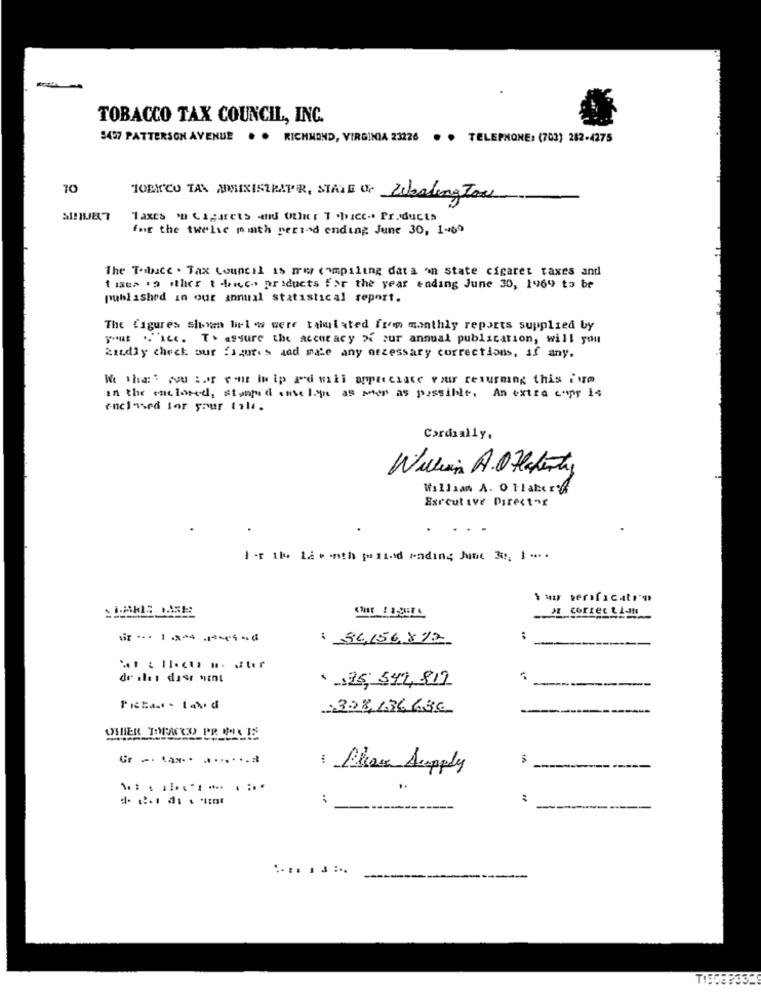
TOBACCO TAX COUNCIL, INC.
5497 PATTERSON AVENUE . . RICHMOND, VIRGINIA 23226 . . TELEPHONE: (703) 282-4275
10
TOEICO TAX AMMINISTRAPR, SIALE OF
Washington
Taxes on Cigarets did Uher I .hice .. Products
for the twelve muth period ending June 30, 1-65
The Torbace . Tax Council is mes compiling data 'in state cigaret taxes and
taxes . other thnew products for the year ending June 30, 1969 to be
published in our annual statistical report.
The figures sivan hel w were tabulated from monthly reports supplied by
yout "."ice. T. assure the accuracy > our annual publication, will you
hardly check our figures and make any necessary corrections, if any.
W the' wou :or vont in ip ad will appreciate Your returning this i No
in the cacioneel, stumped ante lige as men as possible. An extra copy is
enclosed for your til.
Cordially,
Wellin A.OHlaferty
William A. 01lahorf
Executive Director
I -t the Law inth pind ending June 30; 1 -.. .
JI Correc tim
: 36,156.872
:
de slei dast sint
35,544,819
--------
:328,136686
OHHER TOPACCO PRINKIS
Gr .. ... . ...... a
3
: Please Supply
:
.... .....